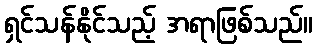
ရှင်သန်နိုင်သည့် အရာဖြစ်သည်။